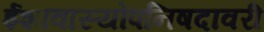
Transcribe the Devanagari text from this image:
ईशावास्योपनिषदावरी